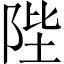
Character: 陛